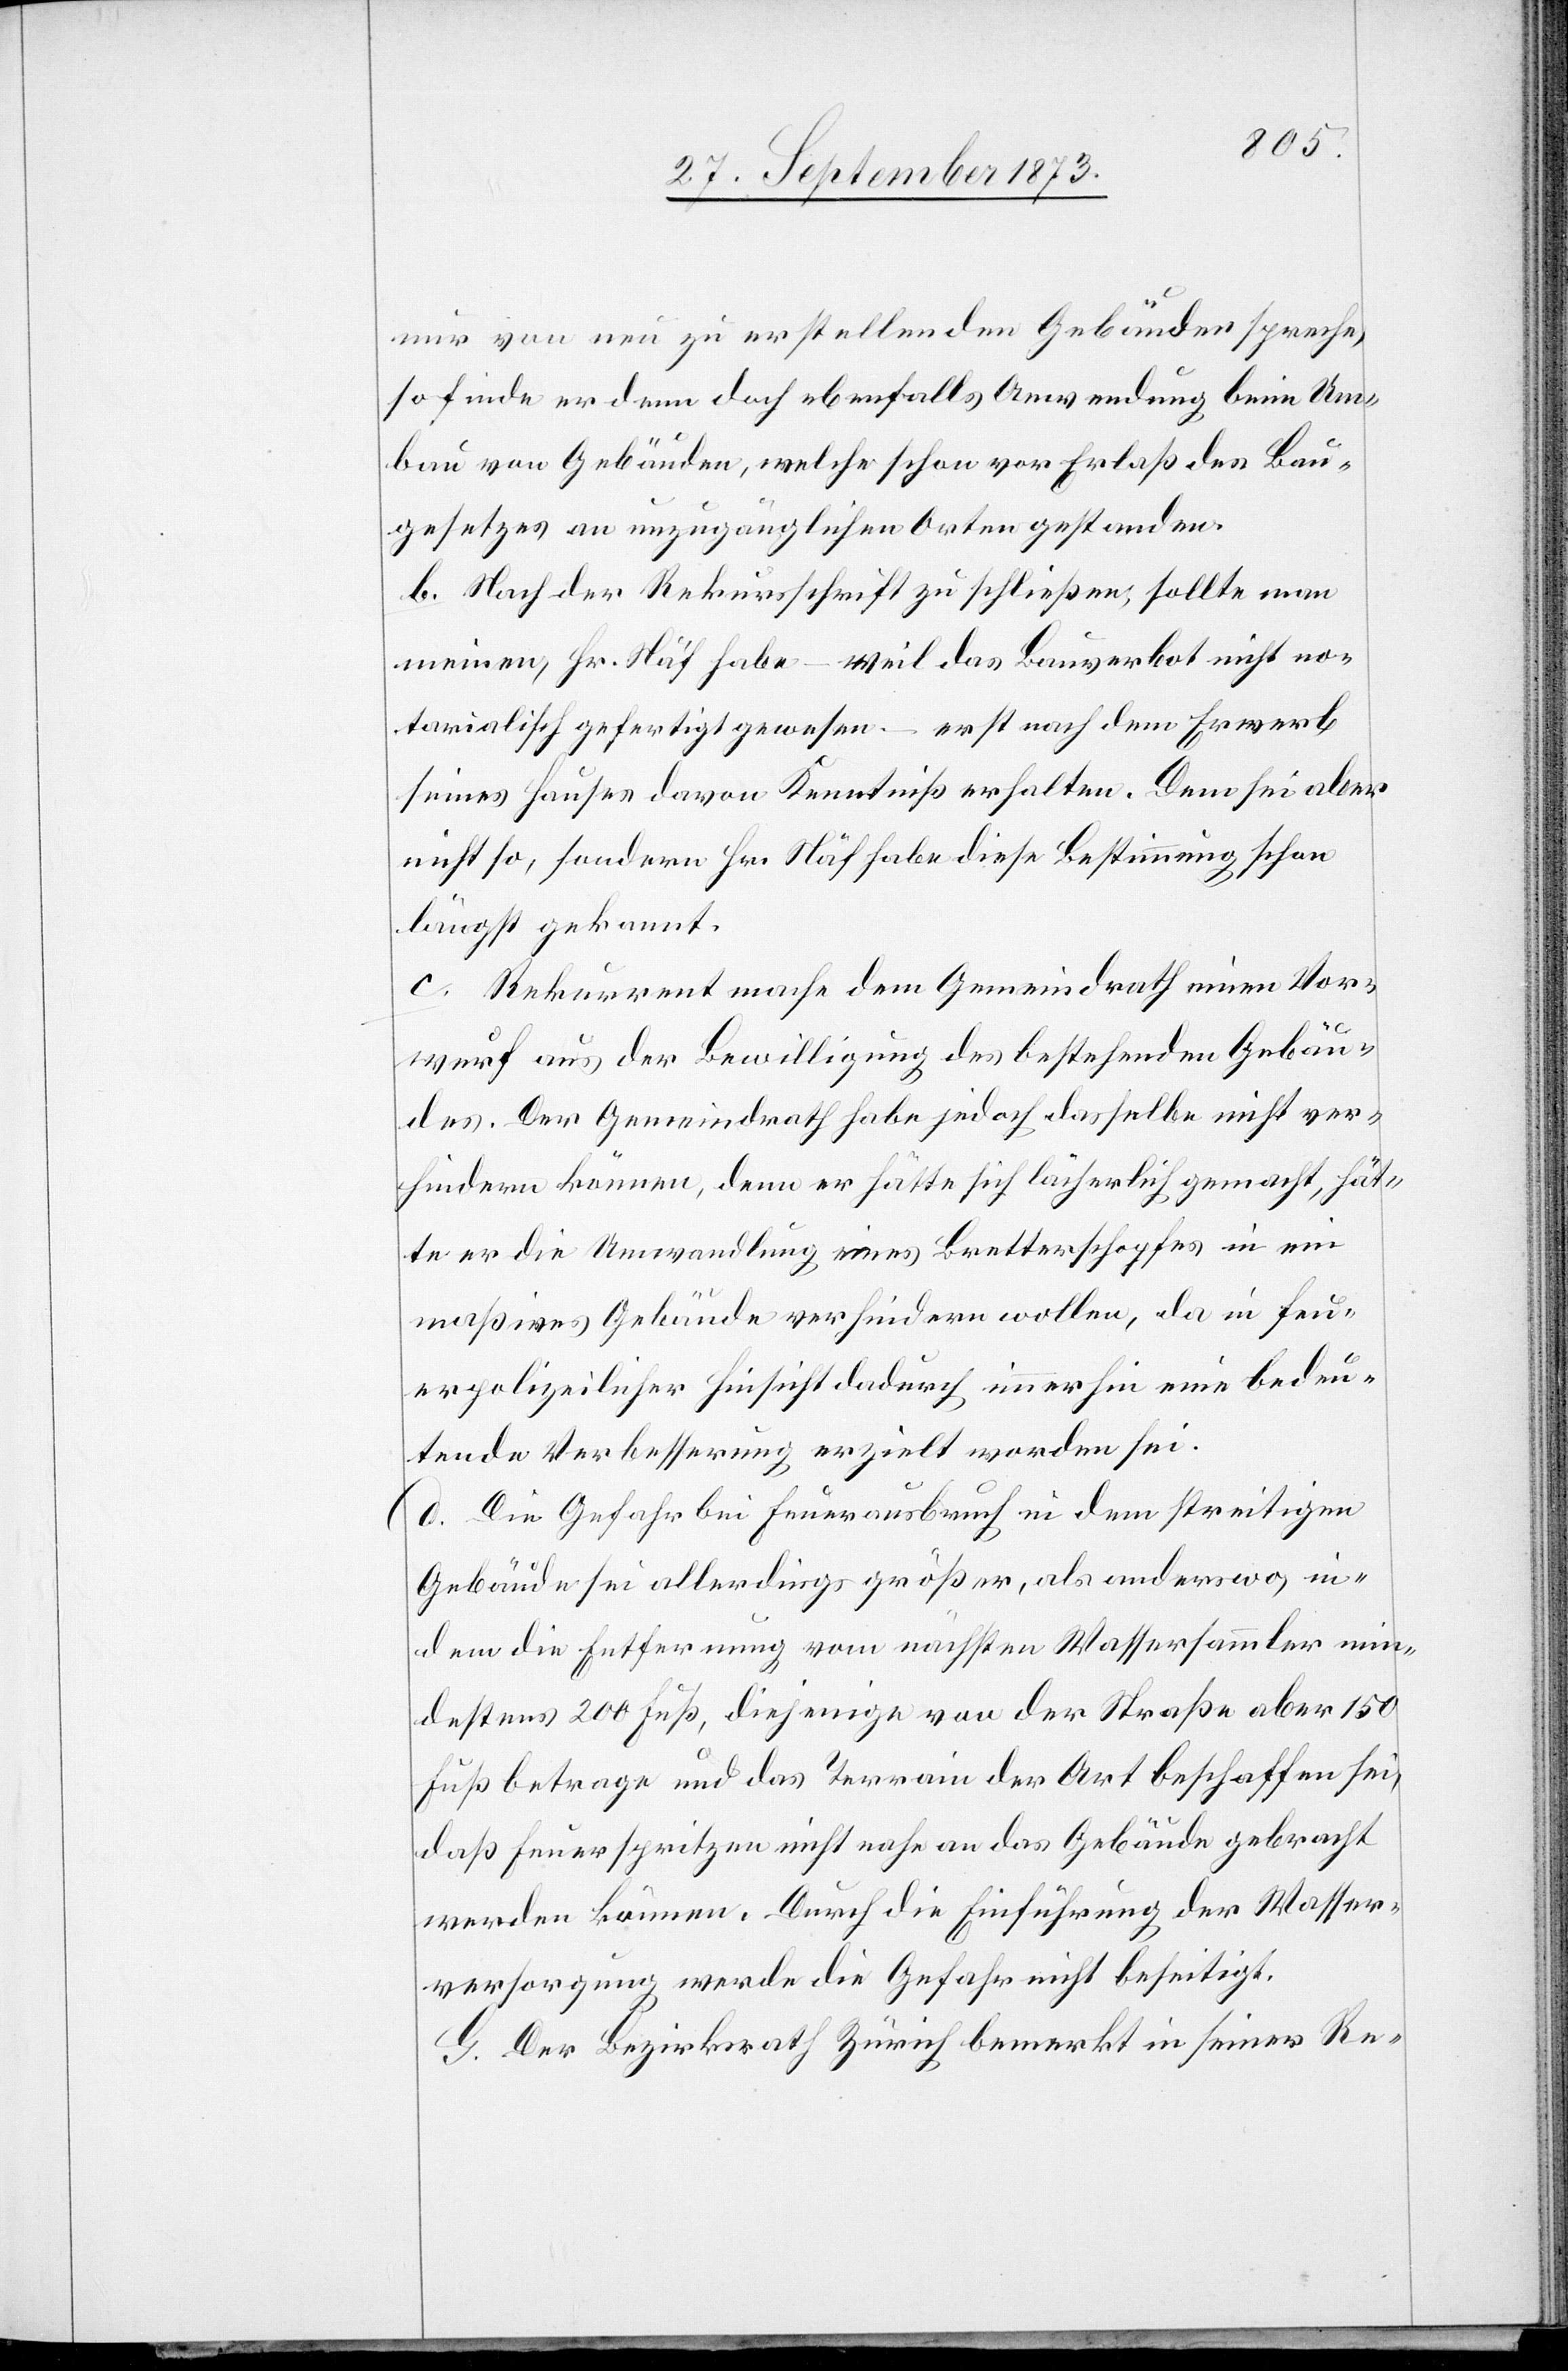
nur von neu zu erstellenden Gebäuden spreche,
so finde er denn doch ebenfalls Anwendung beim Um¬
bau von Gebäuden, welche schon vor Erlaß des Bau¬
gesetzes an unzugänglichen Orten gestanden.
b. Nach der Rekursschrift zu schließen, sollte man
meinen, Hr. Näf habe – weil das Bauverbot nicht no¬
tarialisch gefertigt gewesen – erst nach dem Erwerb
seines Hauses davon Kenntniß erhalten. Dem sei aber
nicht so, sondern Hr. Näf habe diese Bestimmung schon
längst gekannt.
c. Rekurrent mache dem Gemeindrath einen Vor¬
wurf aus der Bewilligung des bestehenden Gebäu¬
des. Der Gemeindrath habe jedoch dasselbe nicht ver¬
hindern können, denn er hätte sich lächerlich gemacht, hät¬
te er die Umwandlung eines Bretterschopfes in ein
maßives Gebäude verhindern wollen, da in feu¬
erpolizeilicher Hinsicht dadurch immerhin eine bedeu¬
tende Verbesserung erzielt worden sei.
d. Die Gefahr bei Feuerausbruch in dem streitigen
Gebäude sei allerdings größer, als anderswo, in¬
dem die Entfernung vom nächsten Wassersammler min¬
destens 200 Fuß, diejenige von der Straße aber 150
Fuß betrage und das Terrain der Art beschaffen sei,
daß Feuerspritzen nicht nahe an das Gebäude gebracht
werden können. Durch die Einführung der Wasser¬
versorgung werde die Gefahr nicht beseitigt.
G. Der Bezirksrath Zürich bemerkt in seiner Re-